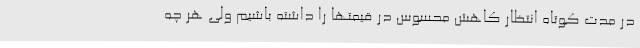
در مدت کوتاه انتظار کاهش محسوس در قیمتها را داشته باشیم ولی هر چه